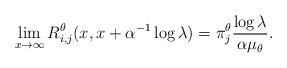
LaTeX: \begin{align*}\lim_{x\to\infty}R^\theta_{i,j}(x, x+ \alpha^{-1}\log \lambda) = \pi^\theta_j\frac{\log \lambda}{\alpha\mu_\theta}.\end{align*}